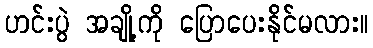
ဟင်းပွဲ အချို့ကို ပြောပေးနိုင်မလား။